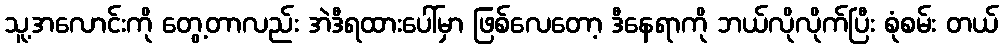
သူ့အလောင်းကို တွေ့တာလည်း အဲဒီရထားပေါ်မှာ ဖြစ်လေတော့ ဒီနေရာကို ဘယ်လိုလိုက်ပြီး စုံစမ်း တယ်